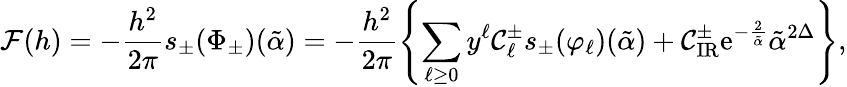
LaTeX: {\cal F}(h)=-\frac{h^{2}}{2\pi}s_{\pm}(\Phi_{\pm})(\tilde{\alpha})=-\frac{h^{2}}{2\pi}\left\{ \sum_{\ell\geq 0}y^{\ell}{\cal C}_{\ell}^{\pm}s_{\pm}(\varphi_{\ell})(\tilde{\alpha})+{\cal C}_{\mathrm{IR}}^{\pm}\mathrm{e}^{-\frac{2}{\tilde{\alpha}}}\tilde{\alpha}^{2\Delta}\right\} ,